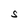
Character: S